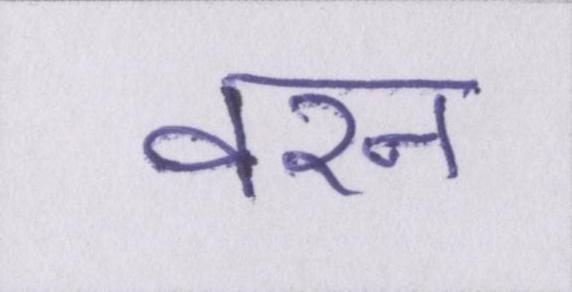
वरन